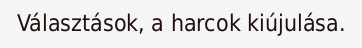
Választások, a harcok kiújulása.